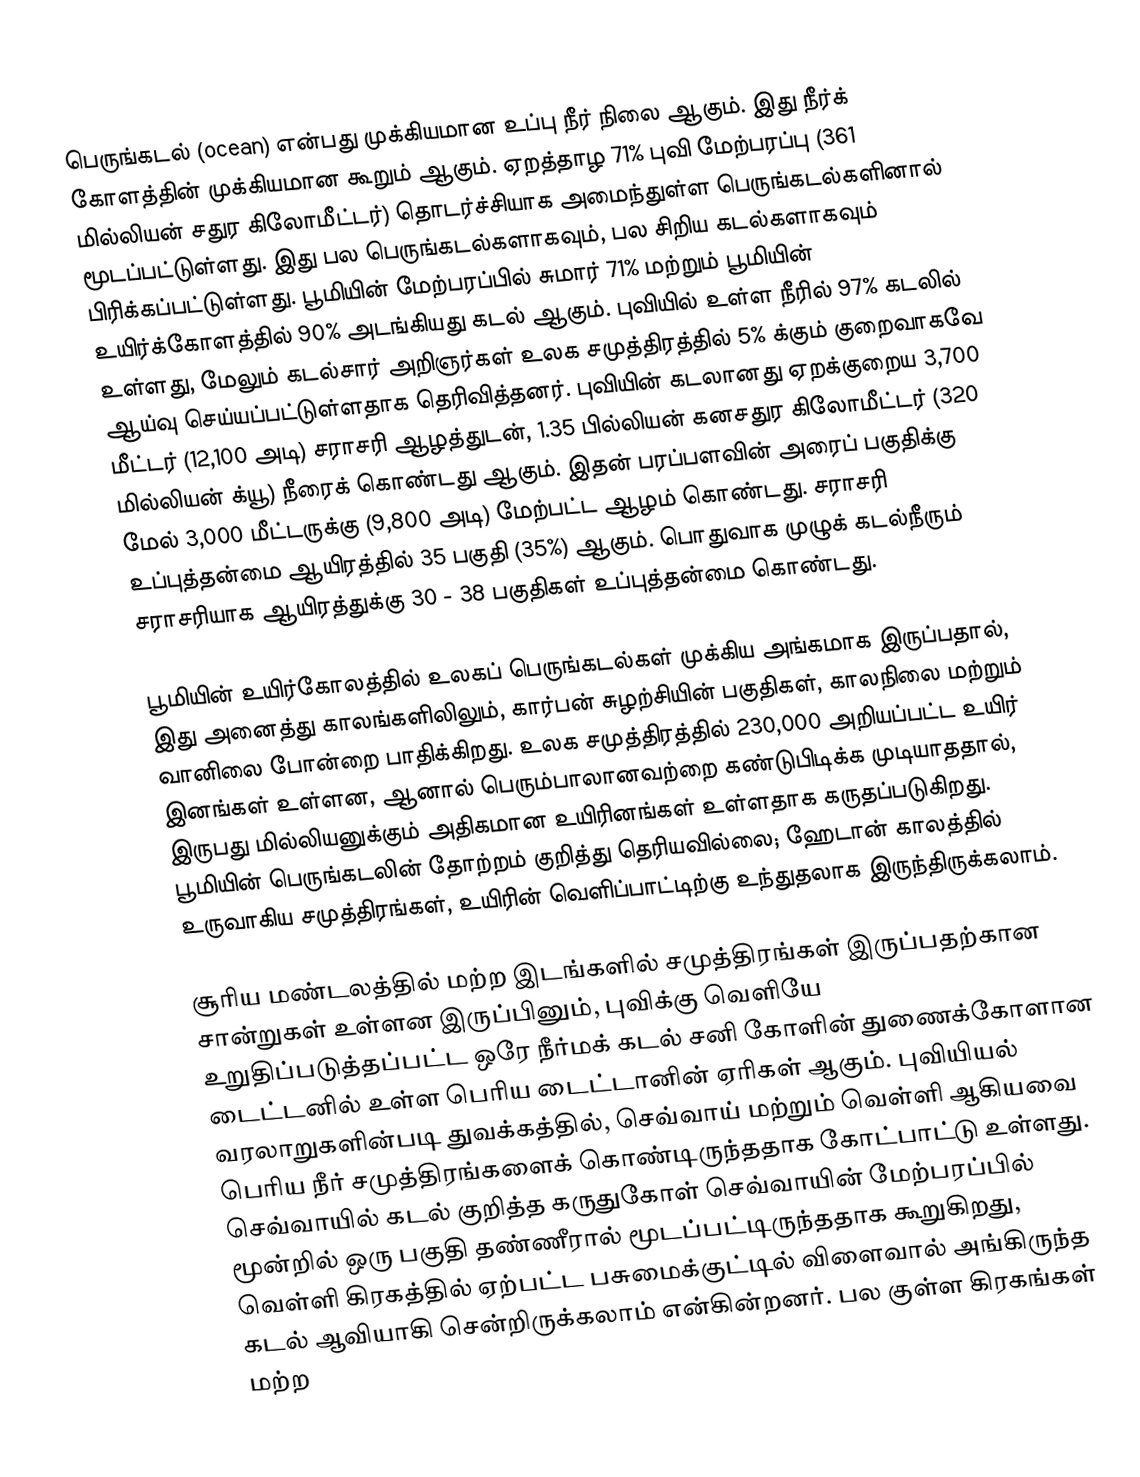
பெருங்கடல் (ocean) என்பது முக்கியமான உப்பு நீர் நிலை ஆகும். இது நீர்க் கோளத்தின் முக்கியமான கூறும் ஆகும். ஏறத்தாழ 71% புவி மேற்பரப்பு (361 மில்லியன் சதுர கிலோமீட்டர்) தொடர்ச்சியாக அமைந்துள்ள பெருங்கடல்களினால் மூடப்பட்டுள்ளது. இது பல பெருங்கடல்களாகவும், பல சிறிய கடல்களாகவும் பிரிக்கப்பட்டுள்ளது.   பூமியின் மேற்பரப்பில் சுமார் 71% மற்றும் பூமியின் உயிர்க்கோளத்தில் 90% அடங்கியது கடல் ஆகும். புவியில் உள்ள நீரில் 97% கடலில் உள்ளது, மேலும் கடல்சார் அறிஞர்கள் உலக சமுத்திரத்தில் 5% க்கும் குறைவாகவே ஆய்வு செய்யப்பட்டுள்ளதாக தெரிவித்தனர். புவியின் கடலானது ஏறக்குறைய 3,700 மீட்டர் (12,100 அடி) சராசரி ஆழத்துடன், 1.35 பில்லியன் கனசதுர கிலோமீட்டர் (320 மில்லியன் க்யூ) நீரைக் கொண்டது ஆகும்.  இதன் பரப்பளவின் அரைப் பகுதிக்கு மேல் 3,000 மீட்டருக்கு (9,800 அடி) மேற்பட்ட ஆழம் கொண்டது. சராசரி உப்புத்தன்மை ஆயிரத்தில் 35 பகுதி (35%) ஆகும். பொதுவாக முழுக் கடல்நீரும் சராசரியாக ஆயிரத்துக்கு 30 - 38 பகுதிகள் உப்புத்தன்மை கொண்டது.

பூமியின் உயிர்கோலத்தில் உலகப் பெருங்கடல்கள் முக்கிய அங்கமாக இருப்பதால், இது அனைத்து காலங்களிலிலும், கார்பன் சுழற்சியின் பகுதிகள், காலநிலை மற்றும் வானிலை போன்றை பாதிக்கிறது. உலக சமுத்திரத்தில் 230,000 அறியப்பட்ட உயிர் இனங்கள் உள்ளன, ஆனால் பெரும்பாலானவற்றை கண்டுபிடிக்க முடியாததால், இருபது மில்லியனுக்கும் அதிகமான உயிரினங்கள் உள்ளதாக கருதப்படுகிறது.  பூமியின் பெருங்கடலின் தோற்றம் குறித்து தெரியவில்லை; ஹேடான் காலத்தில் உருவாகிய சமுத்திரங்கள், உயிரின் வெளிப்பாட்டிற்கு உந்துதலாக இருந்திருக்கலாம்.

சூரிய மண்டலத்தில் மற்ற இடங்களில் சமுத்திரங்கள் இருப்பதற்கான சான்றுகள் உள்ளன இருப்பினும், புவிக்கு வெளியே உறுதிப்படுத்தப்பட்ட ஒரே நீர்மக் கடல் சனி கோளின் துணைக்கோளான டைட்டனில் உள்ள பெரிய  டைட்டானின் ஏரிகள் ஆகும். புவியியல் வரலாறுகளின்படி துவக்கத்தில், செவ்வாய் மற்றும் வெள்ளி ஆகியவை பெரிய நீர் சமுத்திரங்களைக் கொண்டிருந்ததாக கோட்பாட்டு உள்ளது. செவ்வாயில் கடல் குறித்த கருதுகோள் செவ்வாயின் மேற்பரப்பில் மூன்றில் ஒரு பகுதி தண்ணீரால் மூடப்பட்டிருந்ததாக கூறுகிறது, வெள்ளி கிரகத்தில் ஏற்பட்ட பசுமைக்குட்டில் விளைவால் அங்கிருந்த கடல் ஆவியாகி சென்றிருக்கலாம் என்கின்றனர். பல குள்ள கிரகங்கள் மற்ற